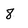
Character: 8